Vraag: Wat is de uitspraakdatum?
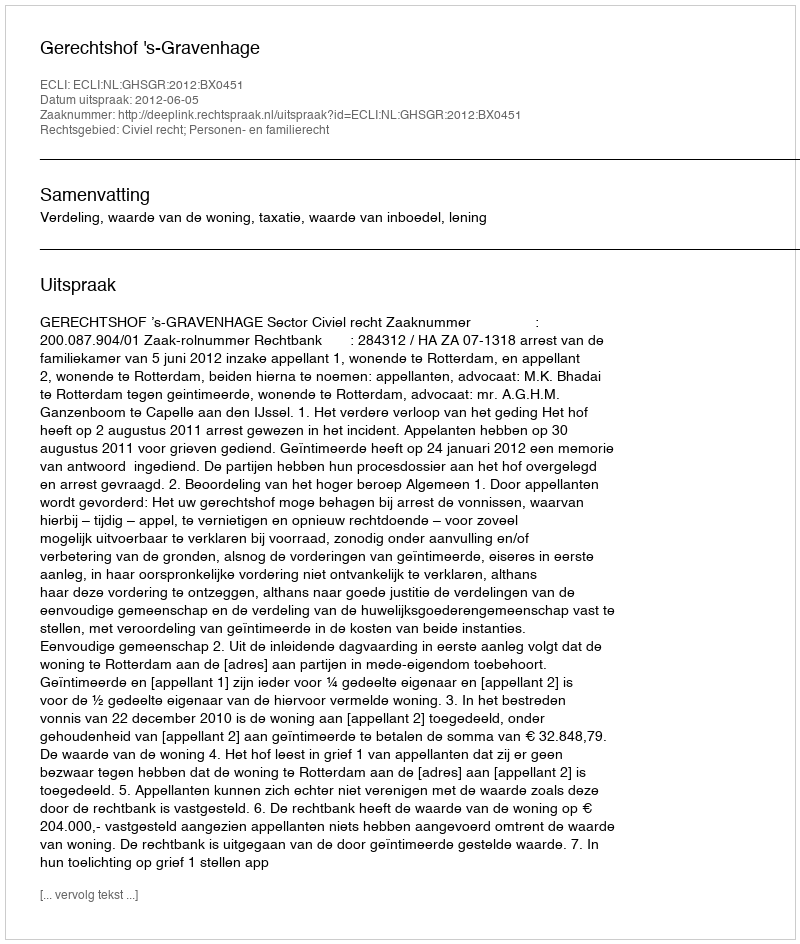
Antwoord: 2012-06-05